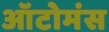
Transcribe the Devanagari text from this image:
ऑटोमंस